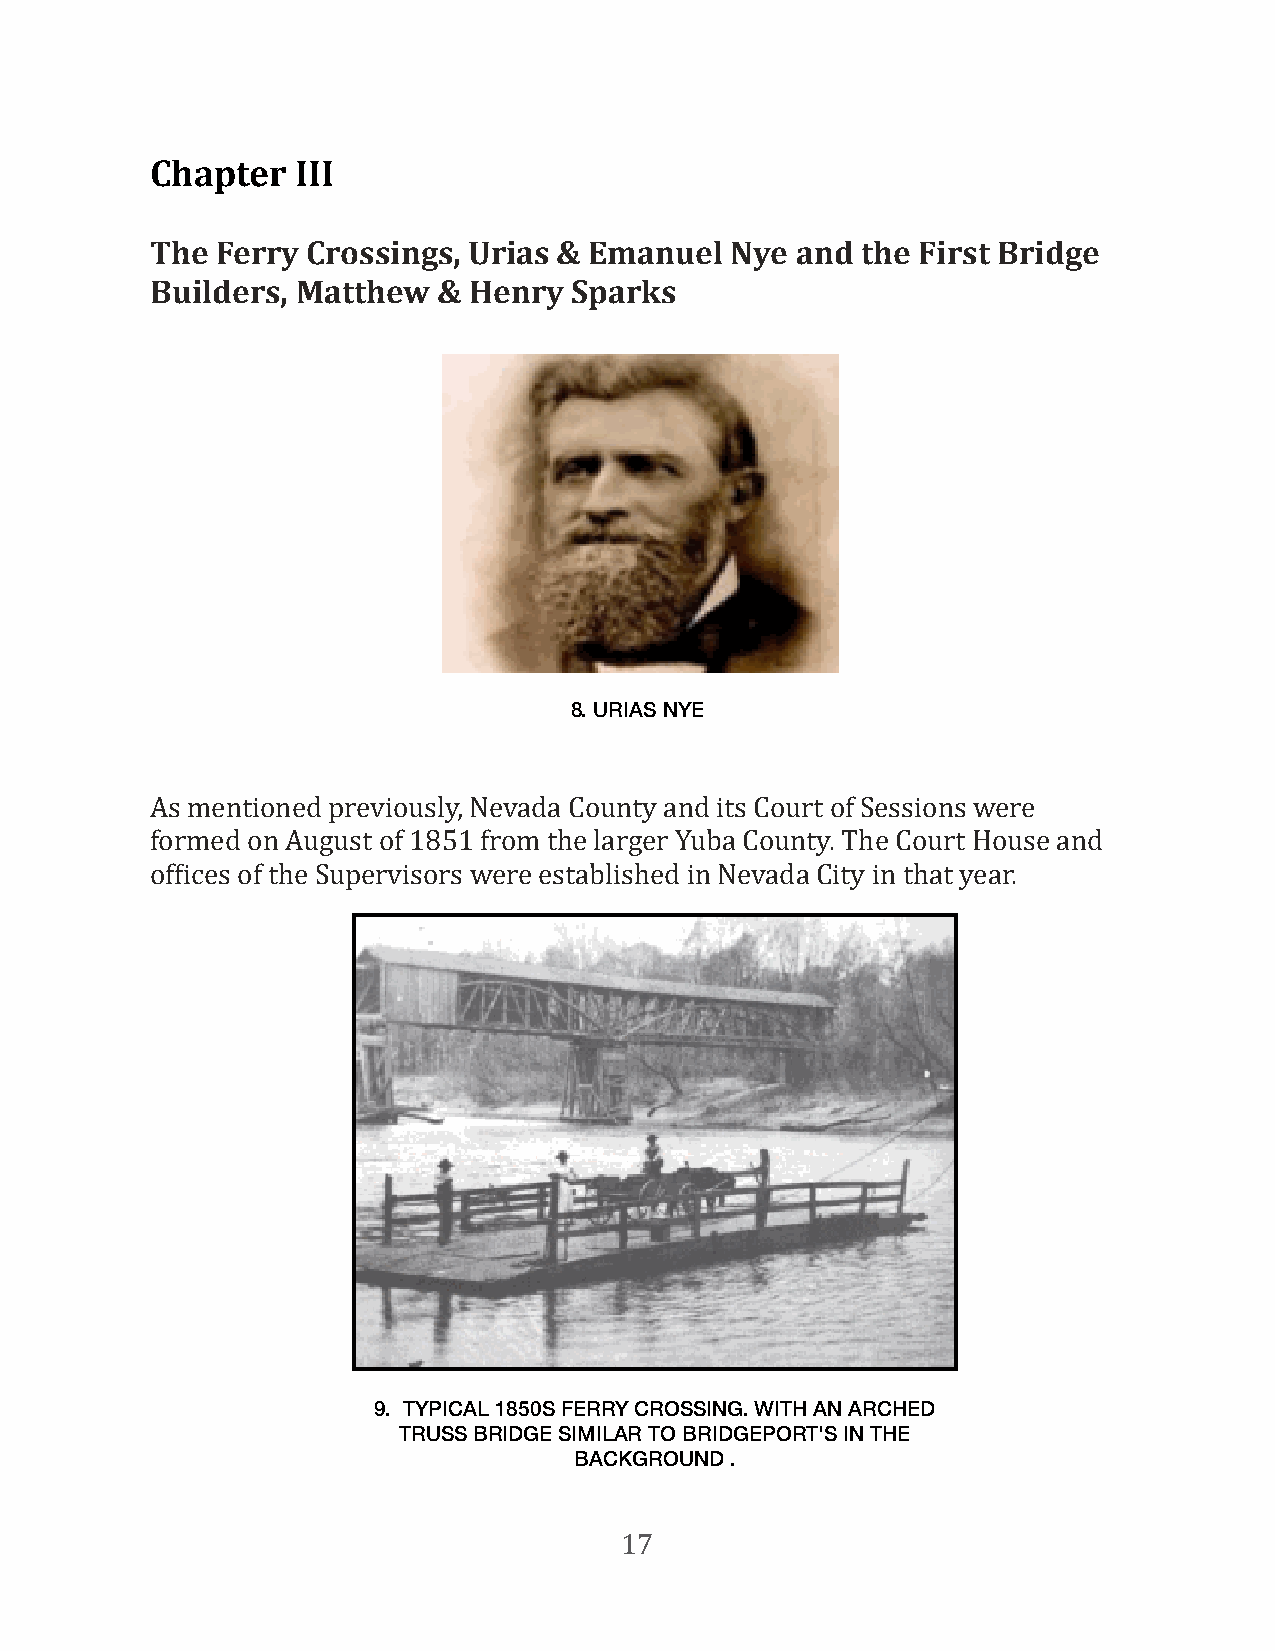
Chapter   III
 The Ferry Crossings, Urias & Emanuel  Nye  and the First Bridge
 Builders, Matthew  & Henry  Sparks
 8. URIAS NYE
 As mentioned previously, Nevada County and its Court of Sessions were
 formed on August of 1851 from the larger Yuba County. The Court House and
 ofFices of the Supervisors were established in Nevada City in that year.
 9. TYPICAL 1850S FERRY CROSSING. WITH AN ARCHED
 TRUSS BRIDGE SIMILAR TO BRIDGEPORT'S IN THE
 BACKGROUND .
 17